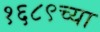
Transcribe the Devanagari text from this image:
१६८९च्या